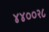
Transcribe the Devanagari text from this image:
४४००२८